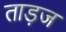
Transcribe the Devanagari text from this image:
ताड़ज